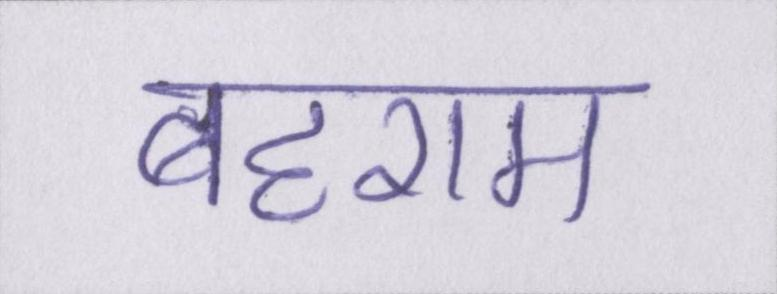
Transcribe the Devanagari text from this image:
बहराम